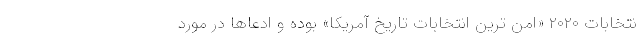
نتخابات ۲۰۲۰ «امن ترین انتخابات تاریخ آمریکا» بوده و ادعاها در مورد